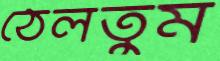
ঠেলতুম